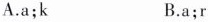
A.a;k B.a;r